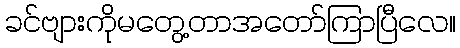
ခင်ဗျားကိုမတွေ့တာအတော်ကြာပြီလေ။